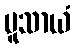
မူသာယံ